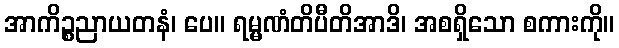
အာကိဉ္စညာယတနံ၊ ပေ။ ရမ္မဏံတိပီတိအာဒိ၊ အစရှိသော စကားကို။